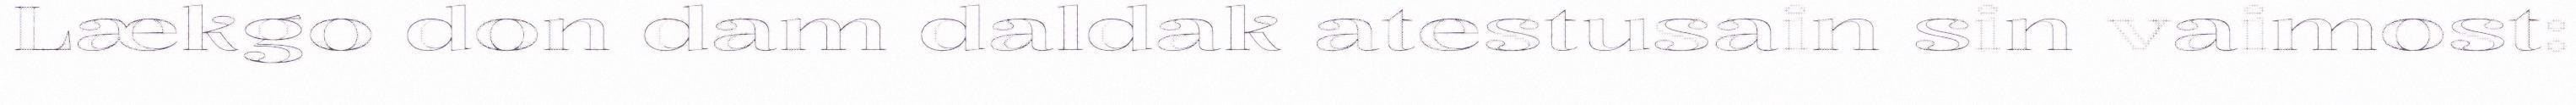
Lækgo don dam daldak atestusain sin vaimost: